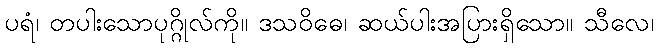
ပရံ၊ တပါးသောပုဂ္ဂိုလ်ကို။ ဒသဝိဓေ၊ ဆယ်ပါးအပြားရှိသော။ သီလေ၊